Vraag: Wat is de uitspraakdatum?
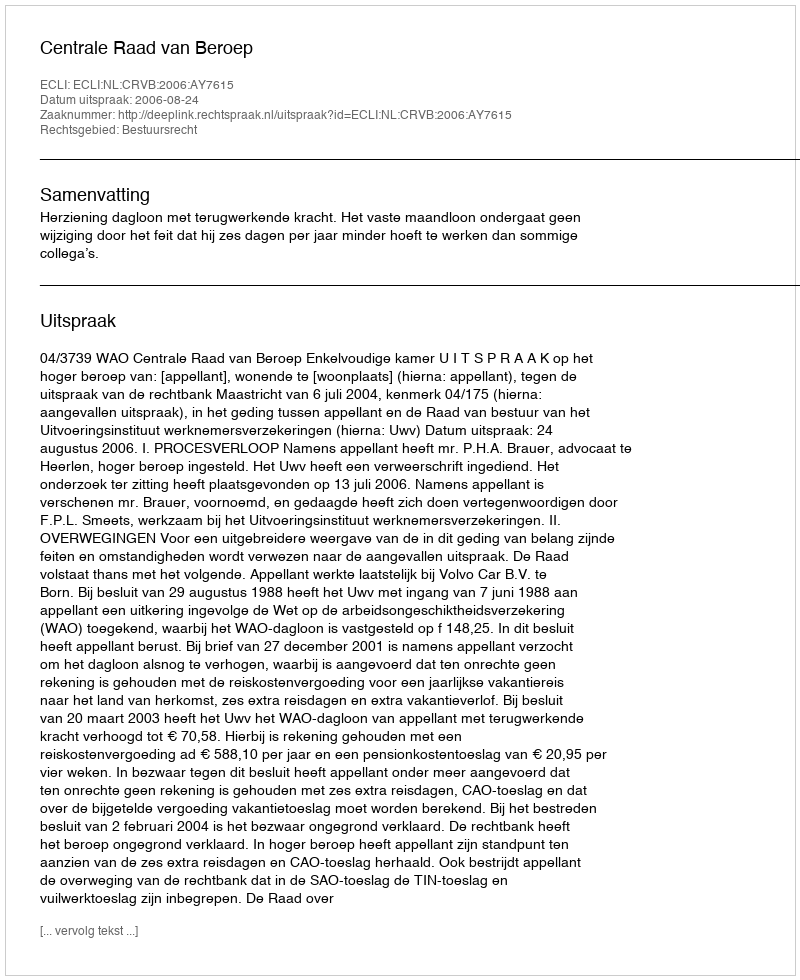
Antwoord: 2006-08-24